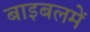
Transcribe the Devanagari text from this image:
बाइबलमें